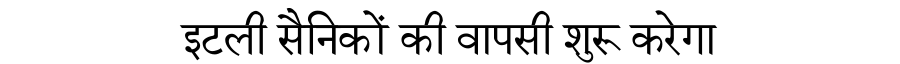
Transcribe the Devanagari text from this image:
इटली सैनिकों की वापसी शुरू करेगा